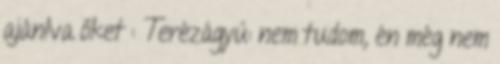
ajánlva őket : Terézágyú: nem tudom, én még nem